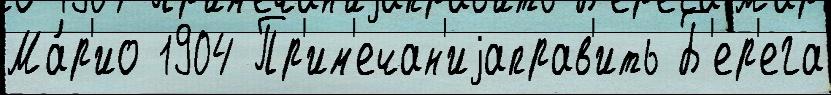
Ма́р'ио 1904 Пр'им'ечан'иjаправ'ить Б'ер'ега